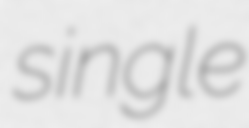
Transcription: single